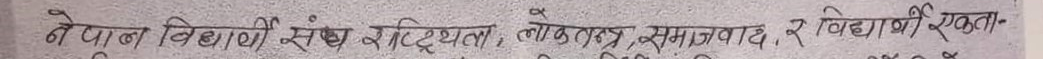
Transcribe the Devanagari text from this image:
नेपाल विद्यार्थी संघ, राष्ट्रियता, लोकतन्त्र, समाजवाद, र विद्यार्थी एकता-